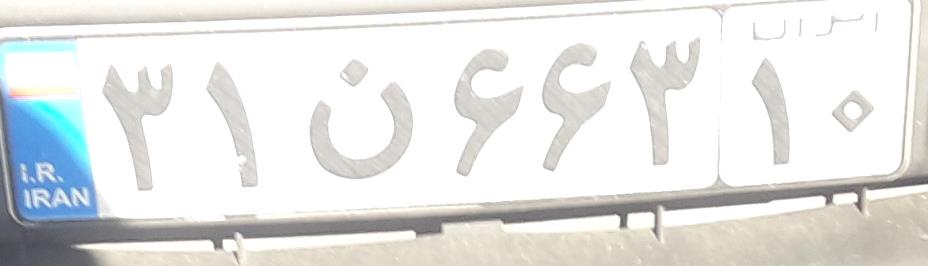
۳۱ن۶۶۳۱۰